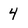
Character: 4